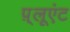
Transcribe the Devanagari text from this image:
प़्लूएंट